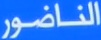
الناضور